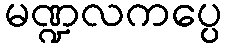
မဏ္ဍလကပ္ပေ